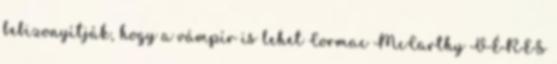
bebizonyítják, hogy a vámpír is lehet Cormac McCarthy VÉRES